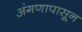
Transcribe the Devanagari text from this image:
अंगणापासून